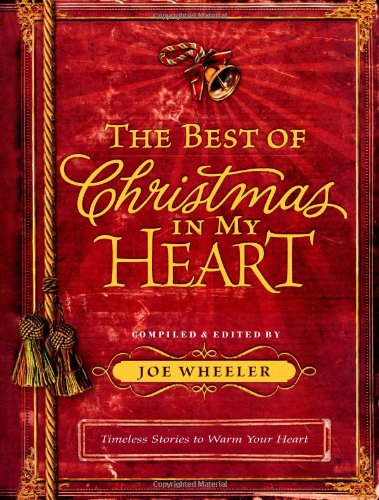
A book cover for The Best of Christmas in My Heart; Christian Books & Bibles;